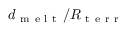
d _ { \mathrm { ~ m ~ e ~ l ~ t ~ } } / R _ { \mathrm { ~ t ~ e ~ r ~ r ~ } }